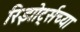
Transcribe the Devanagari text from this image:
रिझोर्ट्सच्या